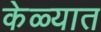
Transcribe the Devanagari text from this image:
केळ्यात